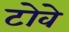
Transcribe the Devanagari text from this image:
टोवे